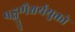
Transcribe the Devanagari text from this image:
षड्गुणैश्वर्ययुक्तो